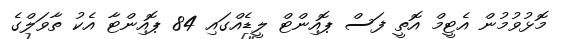
މޮޅުވުމުން އެޓީމް އޮތީ ފަސް ޕޮއިންޓް ލީޑެއްގައި 84 ޕޮއިންޓާ އެކު ތާވަލްގެ